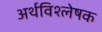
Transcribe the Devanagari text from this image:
अर्थविश्लेषक